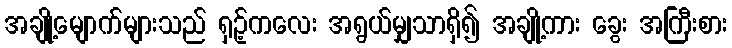
အချို့မျောက်များသည် ရှဥ့်ကလေး အရွယ်မျှသာရှိ၍ အချို့ကား ခွေး အကြီးစား